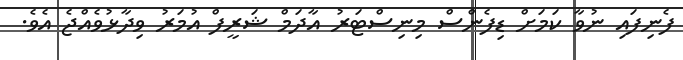
ފެނިފައި ނުވާ ކަމަށް ޑިފެންސް މިނިސްޓަރު އާދަމް ޝަރީފް އުމަރު ވިދާޅުވެއްޖެ އެވެ.